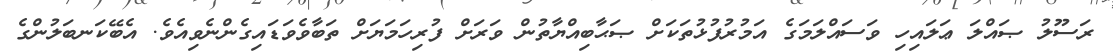
ރަސޫލު ޞައްލަ ޢަލައިހި ވަސައްލަމަގެ އަމުރުފުޅުތަކަށް ޞަޙާބިއްޔާތުން ވަރަށް ފުރިހަމަޔަށް ތަބާވެވަޑައިގެންނެވިއެވެ. އެބޭކަނބަލުންގެ